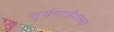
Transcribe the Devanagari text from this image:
सूर्यमालेतल्या